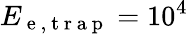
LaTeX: E_{\mathrm{~e~,~t~r~a~p~}}=10^{4}